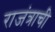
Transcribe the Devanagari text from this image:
राजंत्राची